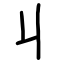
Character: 丩